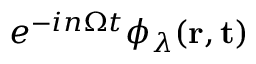
e ^ { - i n \Omega t } \phi _ { \lambda } ( \bf r , t )